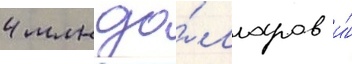
4 млн до́лларов и́